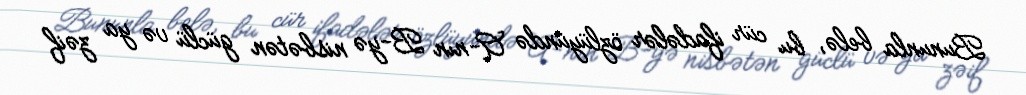
Bununla belə, bu cür ifadələr özlüyündə A-nın B-yə nisbətən güclü və ya zəif